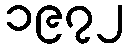
၁၉၇၂